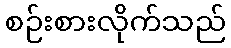
စဉ်းစားလိုက်သည်